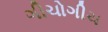
ગીચોગીચ